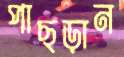
পাছড়ান